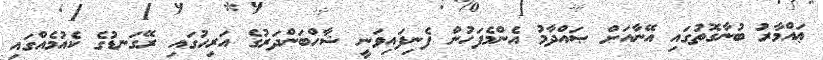
ޢައްމާރު ބުނާގޮތުގައި އޭނާއަށް ޞައްދާމު އެންމެފަހުން ފެނިފައިވަނީ ޝާހްބަންދަރުގެ އަރިހުގައި ރޭގަނޑުގެ ކެއުމެއްގައި